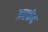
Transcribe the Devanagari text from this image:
अरकंद